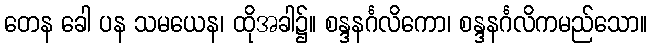
တေန ခေါ ပန သမယေန၊ ထိုအခါ၌။ စန္ဒနင်္ဂလိကော၊ စန္ဒနင်္ဂလိကမည်သော။